Problem: 2 × 2 = ?
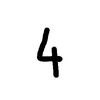
Handwritten answer: 4